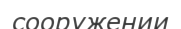
сооружении